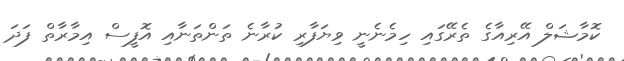
ކޮމާޝަލް އޭރިއާގެ ތެރޭގައި ހިމެނެނީ ވިޔަފާރި ކުރާނެ ތަންތަނާއި އޮފީސް އިމާރާތް ފަދަ